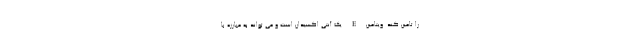
را تامین کند. ویتامین E یک آنتی اکسیدان است و می تواند به مبارزه با